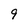
Character: 9